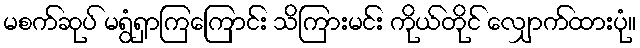
မစက်ဆုပ် မရွံရှာကြကြောင်း သိကြားမင်း ကိုယ်တိုင် လျှောက်ထားပုံ။